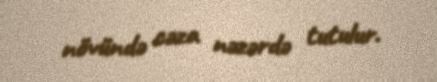
növündə cəza nəzərdə tutulur.